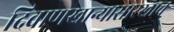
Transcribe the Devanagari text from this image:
दिवाणखान्यासारखाच